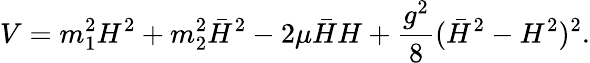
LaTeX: V=m_{1}^{2}H^{2}+m_{2}^{2}\bar{H}^{2}-2\mu\bar{H}H+\frac{g^{2}}{8}(\bar{H}^{2}-H^{2})^{2}.